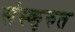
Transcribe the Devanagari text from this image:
संस्कृरुत